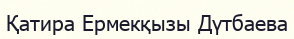
Қатира Ермекқызы Дүтбаева